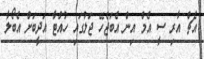
އެޗް އާރި ސީ އެމް އިން އެބަޖެހޭ ޖަލުގައި ހުއްޓާ އަދީބަށް އެބޯލާ